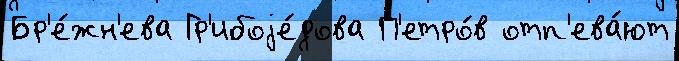
Бр'е́жн'ева Гр'ибоjе́дова П'етро́в отп'ева́ют